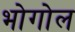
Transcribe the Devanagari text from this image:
भोगोल